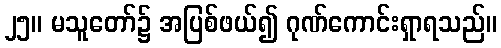
၂၅။ မသူတော်၌ အပြစ်ဖယ်၍ ဂုဏ်ကောင်းရှာရသည်။